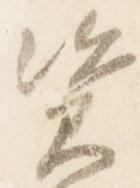
資